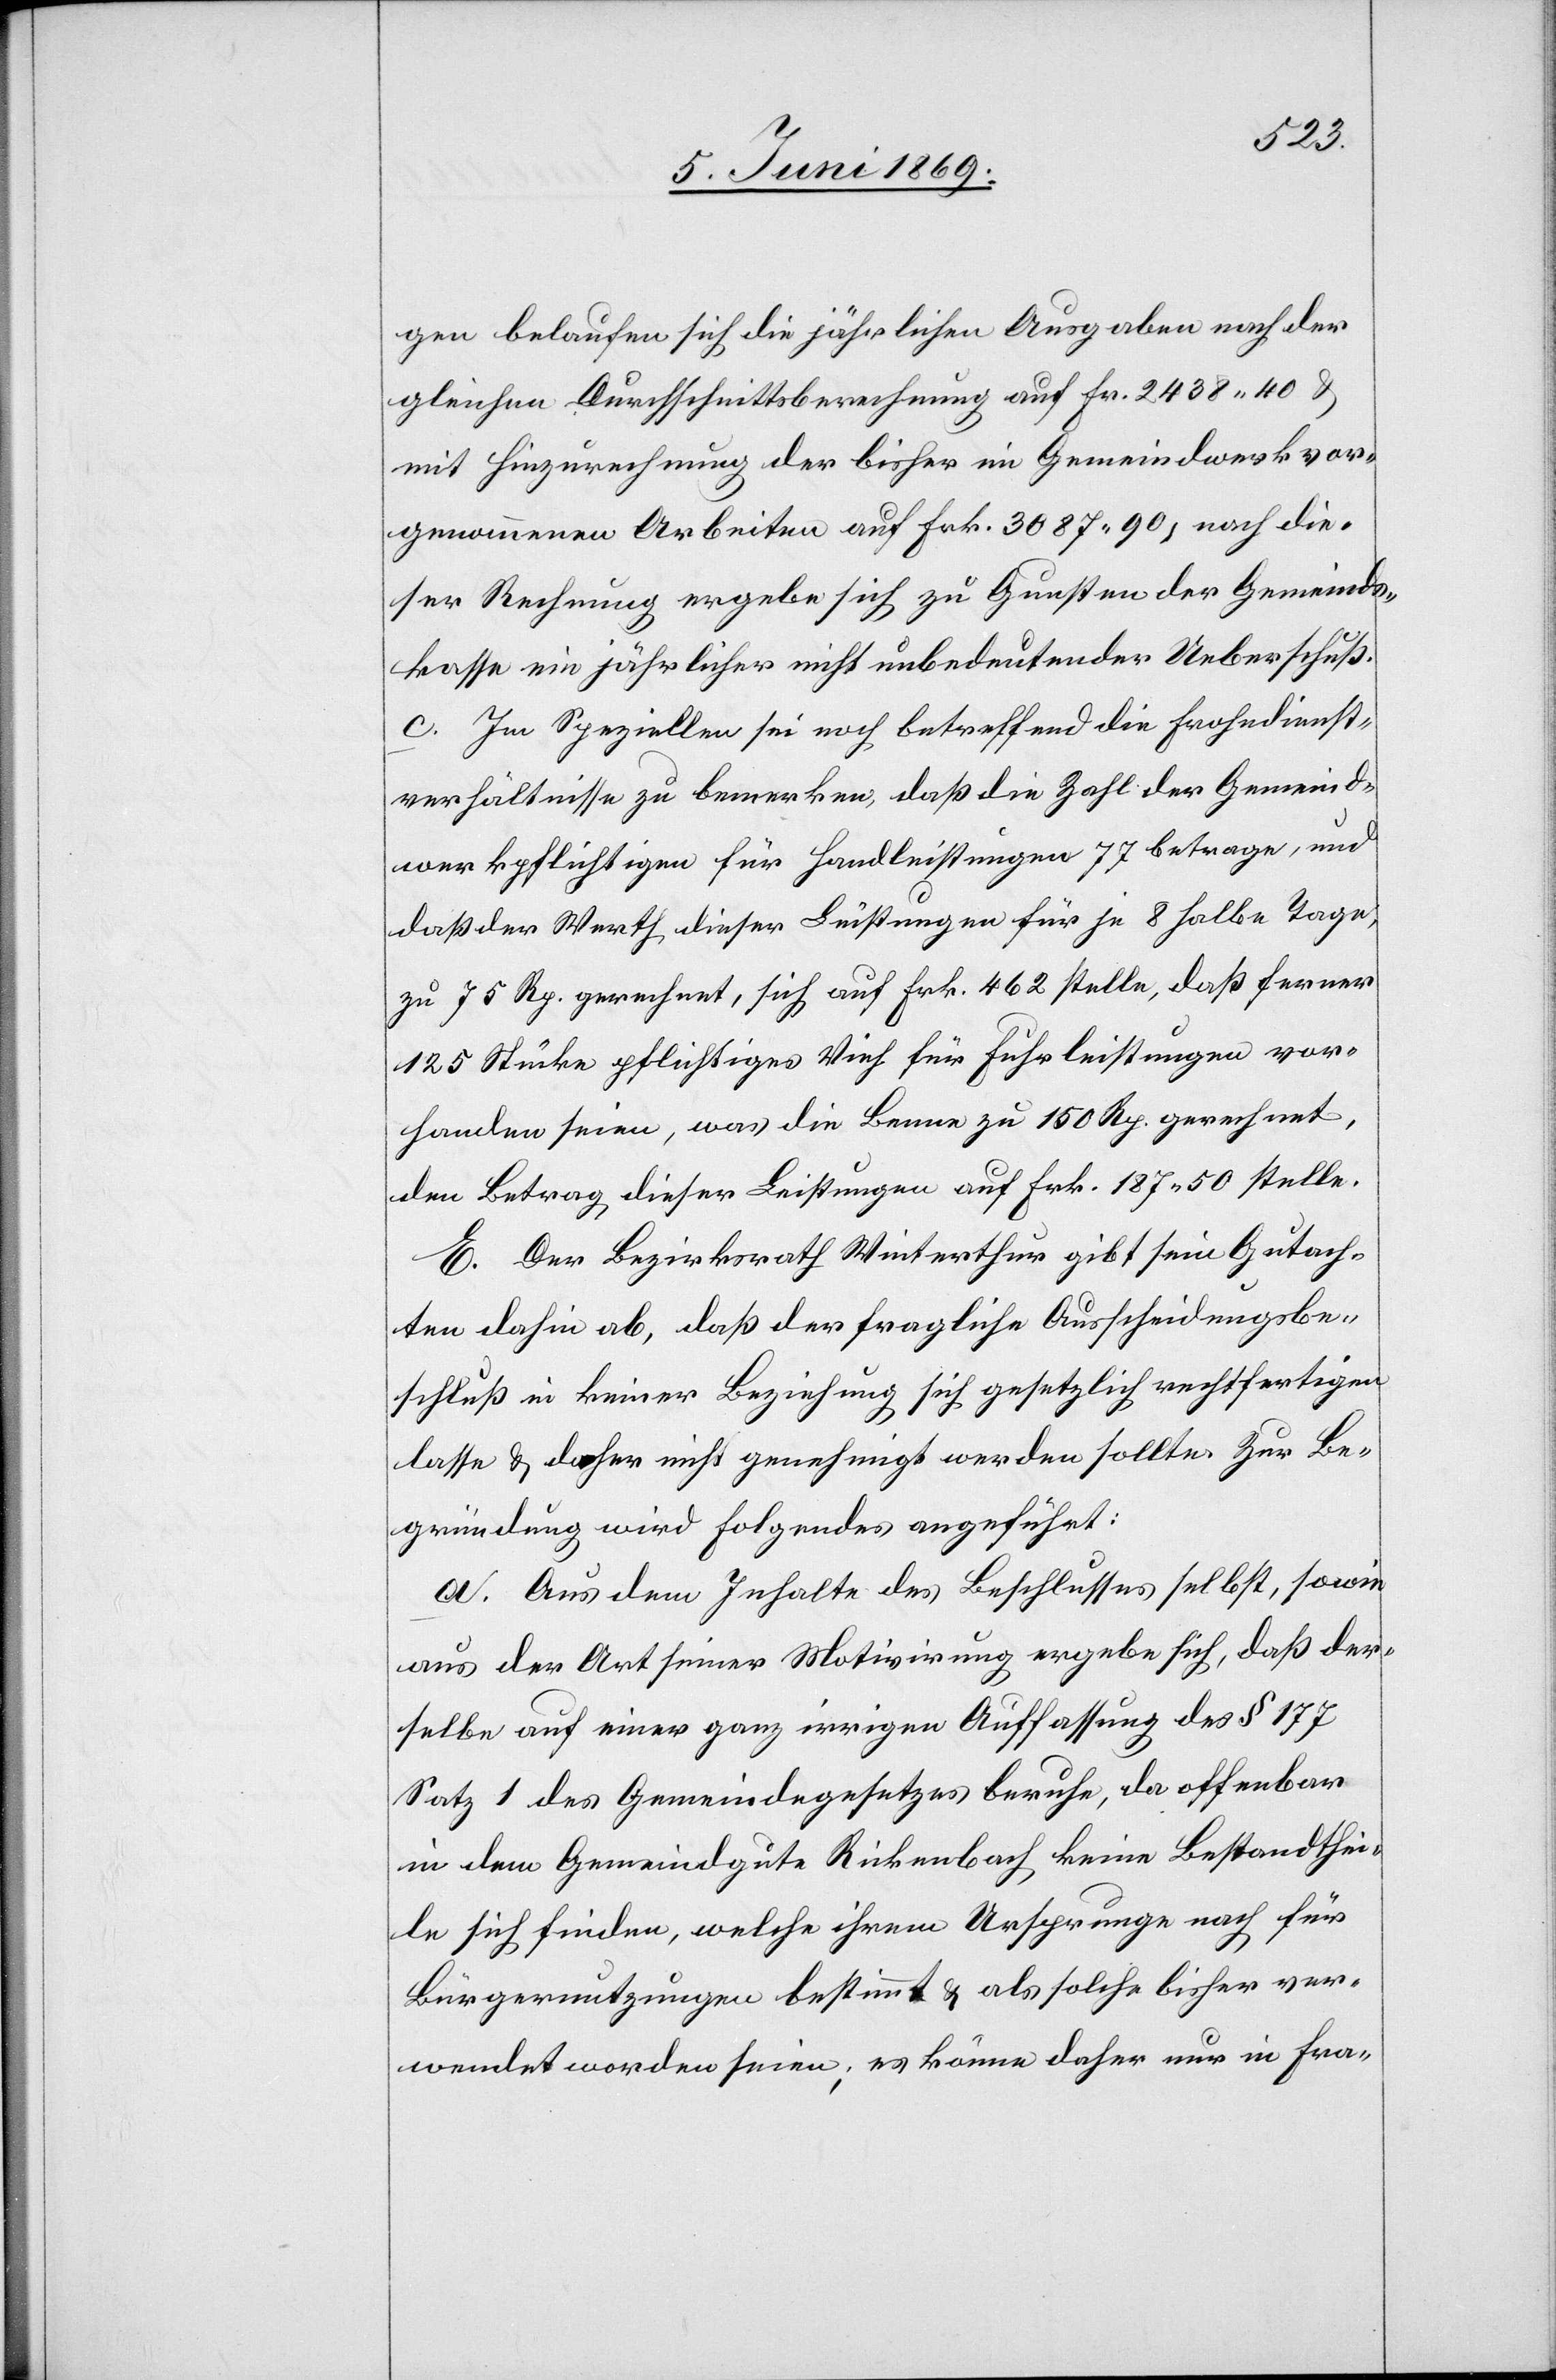
gen belaufen sich die jährlichen Ausgaben nach der
gleichen Durchschnittsberechnung auf Fr. 2438.40 u.
mit Hinzurechnung der bisher im Gemeindswerk vor¬
genommenen Arbeiten auf Frk. 3087.90, nach die¬
ser Rechnung ergebe sich zu Gunsten der Gemeinds¬
kasse ein jährlicher nicht unbedeutender Ueberschuß.
c. Im Speziellen sei noch betreffend die Frohndienst¬
verhältnisse zu bemerken, daß die Zahl der Gemeind¬
werkpflichtigen für Handleistungen 77 betrage, und
daß der Werth dieser Leistungen für je 8 halbe Tage,
zu 75 Rp. gerechnet, sich auf Frk. 462 stelle, daß ferner
125 Stücke pflichtiges Vieh für Fuhrleistungen vor¬
handen seien, was die Benne zu 150 Rp. gerechnet,
den Betrag dieser Leistungen auf Frk. 187.50 stelle.
E. Der Bezirksrath Winterthur gibt sein Gutach¬
ten dahin ab, daß der fragliche Ausscheidungsbe¬
schluß in keiner Beziehung sich gesetzlich rechtfertigen
lasse u. daher nicht genehmigt werden sollte. Zur Be¬
gründung wird Folgendes angeführt:
a. Aus dem Inhalte des Beschlusses selbst, sowie
aus der Art seiner Motivirung ergebe sich, daß der¬
selbe auf einer ganz irrigen Auffassung des § 177
Satz 1 des Gemeindegesetzes beruhe, da offenbar
in dem Gemeindgute Rickenbach keine Bestandthei¬
le sich finden, welche ihren Ursprunge nach für
Bürgernutzungen bestimmt u. als solche bisher ver¬
wendet worden seien, es könne daher nur in Fra-